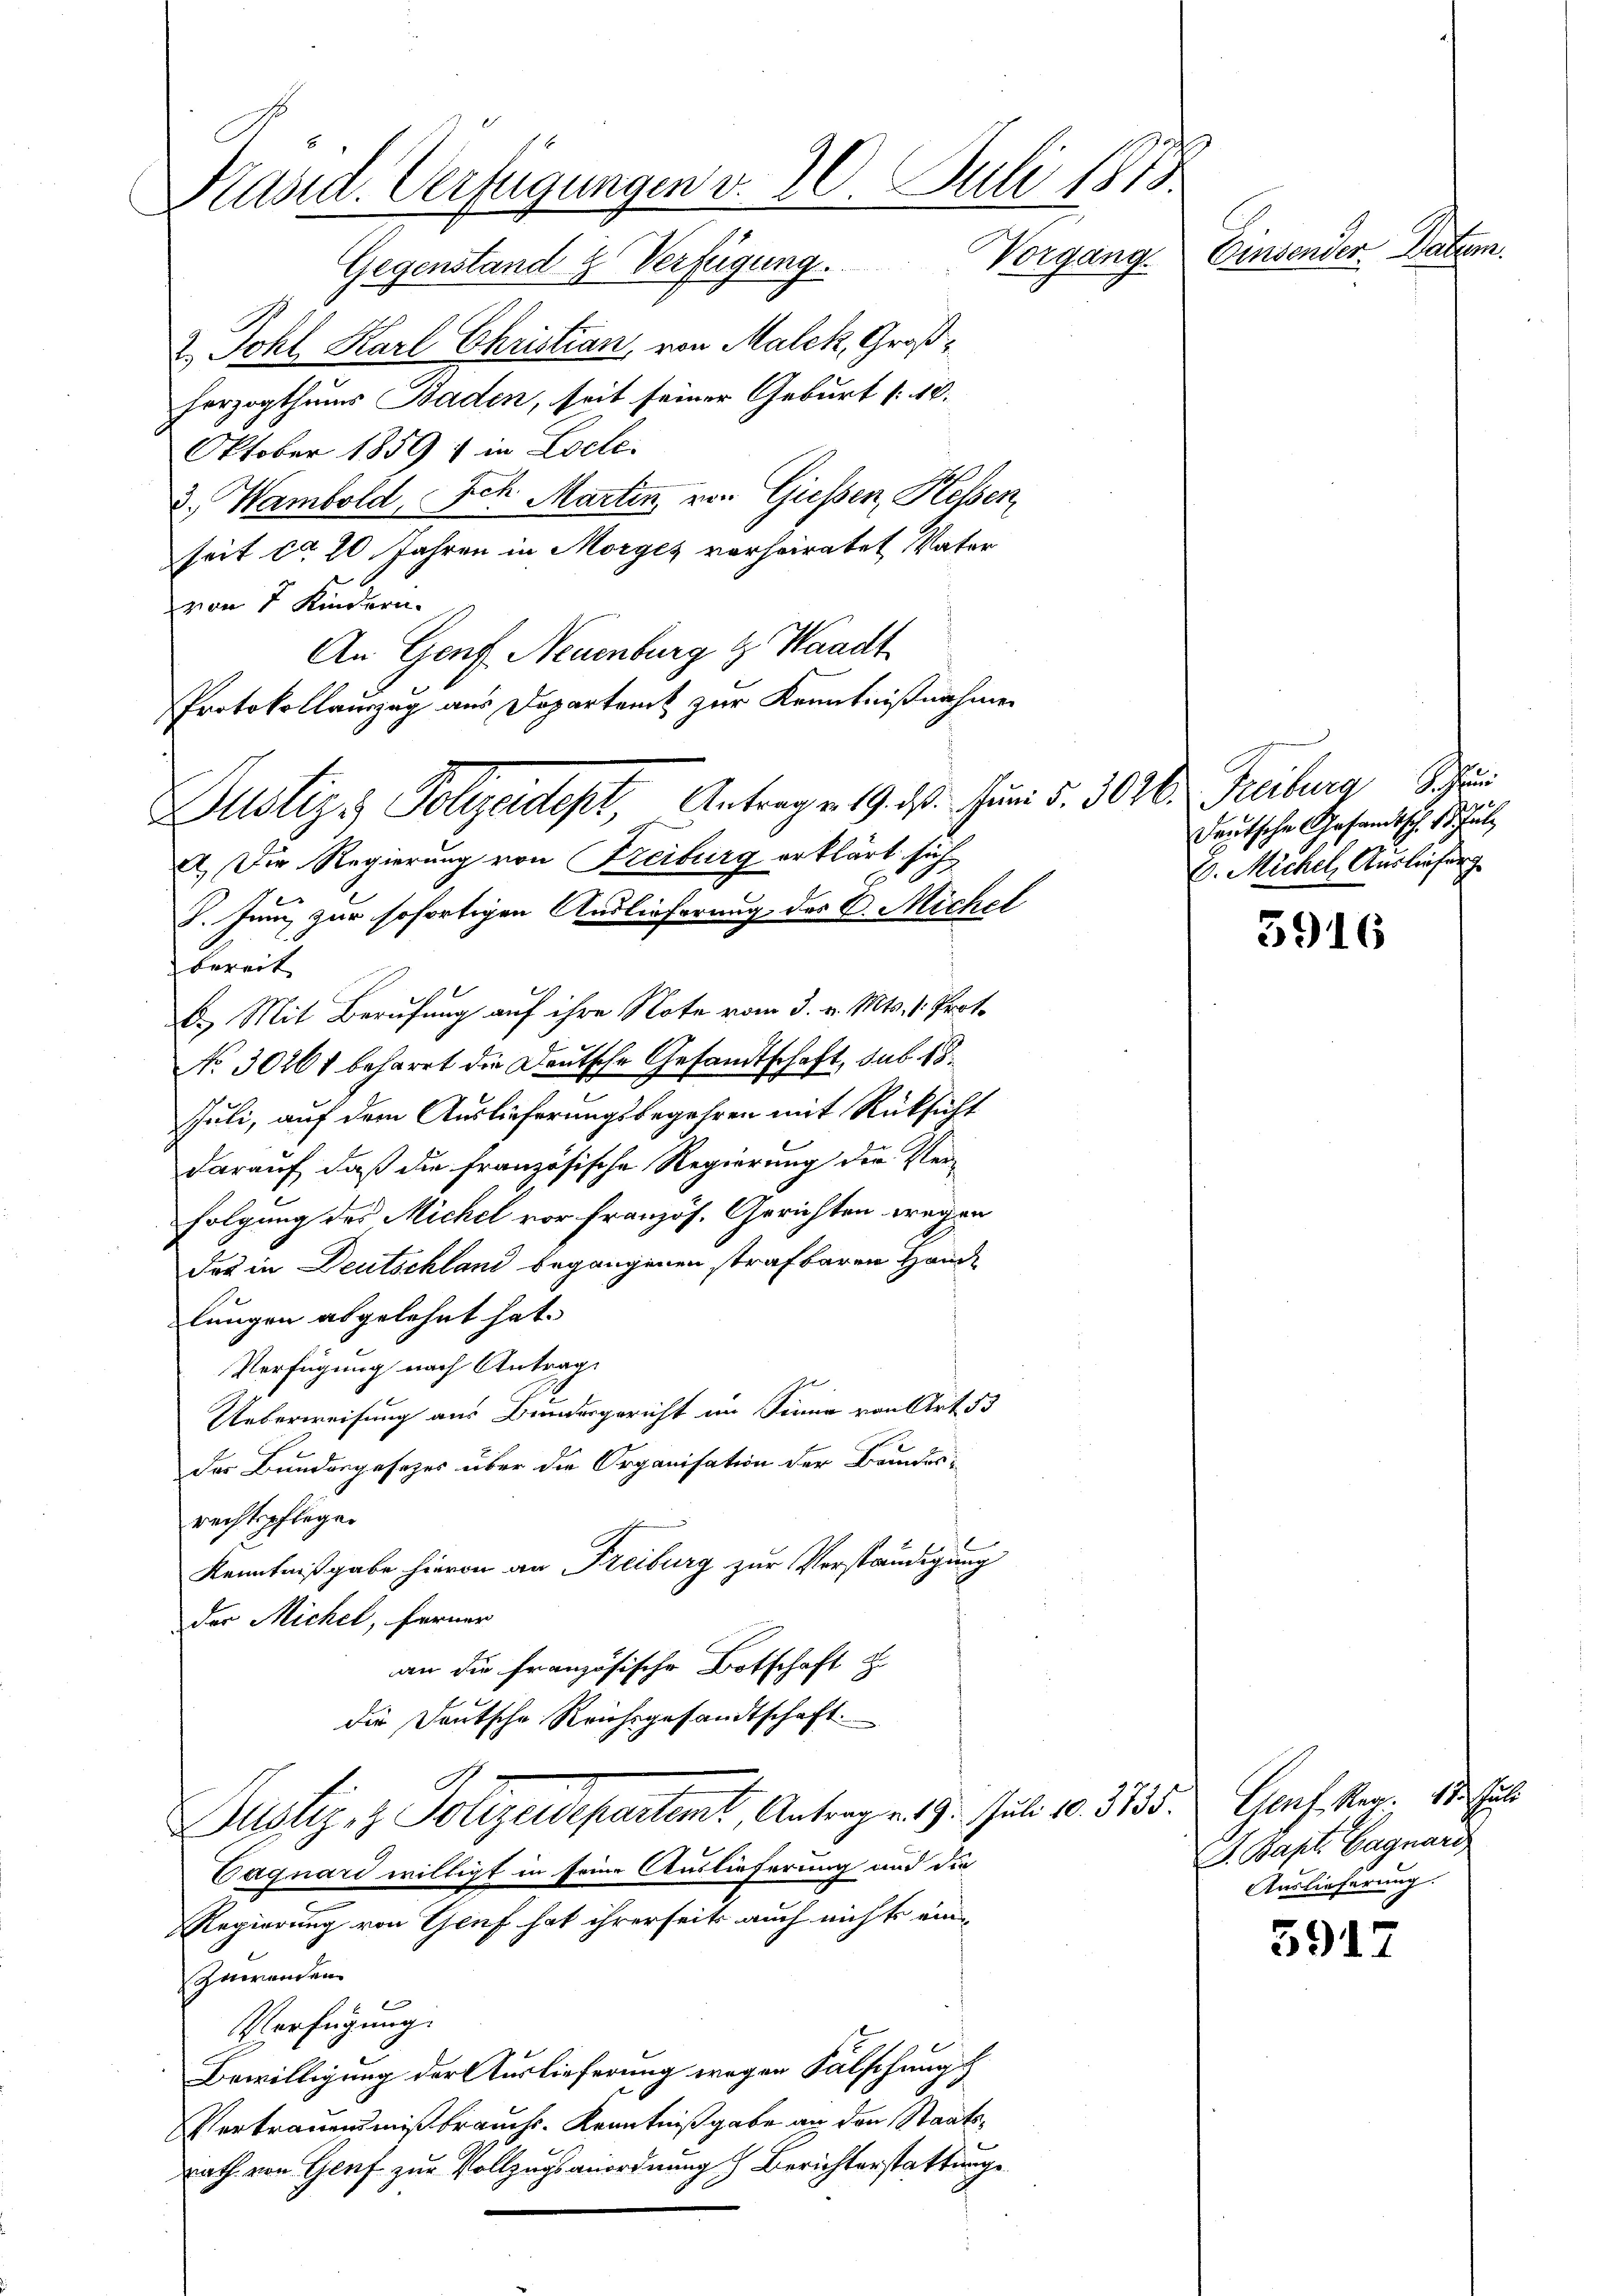
Pasid. Verfügungen d. 20. Juli 1879
Einsender Vater
Gegenstand & Verfügung. Vorgang.

2. Johl Karl Christian, von Malck, Großherzogthums Baden, seit seiner Geburt : 10.
Oktober 1859 f in Locke.
3.) Wambold, Sch. Martin, von Giessen, Hessen,
seit ca 20 Jahren in Morges vorheiratet Vater
von 5 Kindern.
An Genf Neuenburg & Waadt
bereit
b. Mit Berufung auf ihre Note vom 3. v. Mts. 1. Prot.
No. 30261 beharrt die Deutsche Gesandtschaft, sub 18.
Juli, auf dem Auslieferungsbegehren mit Rücksicht
darauf, daß die französische Regierung der Verfolgung des Michel vor Französ. Gerichten wegen
das in Deutschland begangenen strafbaren Hande
lungen abgelehnt hat.
Verfügung nach Antrag
Ueberweisung aus Bundesgericht im Sinne von Art. 53
der Bundesgesetzes über die Organisation der Beundes-
rechtspflegen
Kenntnißgabe hievon an Freiburg zur Verständigung
der Michel, ferner
an die französische Botschaft z
die Deutsche Reichsgesandtschaft.
Justiz & Polizeidepartet, Antrag 219. Jul. 10. 3133. Genf kar, 1
Caquari willigt in seine Auslieferung und die
Regierung von Genf hat ihrerseits auch nichts ein¬
Zuwenden
Verfügung.
Bewilligung der Auslieferung wegen Fälschung
Vertrauensmißbrauchs-Kenntnißgabe an den Staatsrath von Genf zur Vollzugsanordnung Berichterstattunge

Protokollauszug aus Departent zur Kenntnißnahmen
Justiz & Polizeidept, Antragen 19. d. Juni d. 3000. Freiburg Schein
A. Die Regierung von Freiburg erklärt sich
8. Juni zur sofortigen Auslieferung des C. Michel

Deutsche Gesandtsch. 15. Juli
E. Michel, Auslieferg

5916

J. Bapt. Gagnare
Auslieferung.

5917